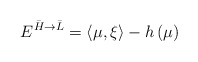
\begin{align*}E^{\bar{H}\rightarrow \bar{L}}=\left\langle \mu ,\xi \right\rangle-h\left( \mu \right) \end{align*}